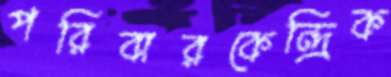
পরিবারকেন্দ্রিক